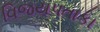
વિજયપતાકા